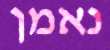
נאמן